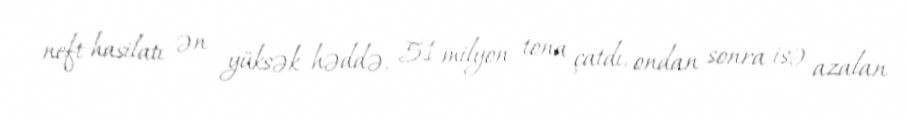
neft hasilatı ən yüksək həddə, 51 milyon tona çatdı, ondan sonra isə azalan